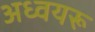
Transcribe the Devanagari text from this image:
अध्वयरू